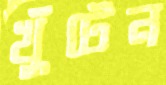
খুঁটেন